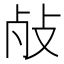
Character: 𱥌